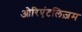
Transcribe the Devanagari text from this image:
ओरिएंटलिज़म